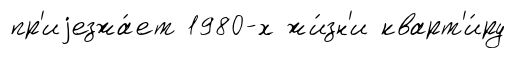
пр'иjезжа́ет 1980-х жи́зн'и кварт'и́ру